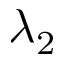
\lambda _ { 2 }